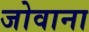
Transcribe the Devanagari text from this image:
जोवाना